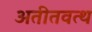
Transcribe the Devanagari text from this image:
अतीतवत्थ